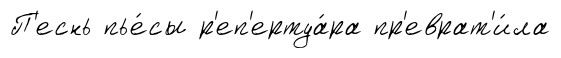
П'еснь пье́сы р'еп'ертуа́ра пр'еврат'и́ла